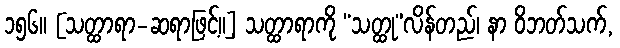
၁၅၆။ [သတ္ထာရာ-ဆရာဖြင့်။] သတ္ထာရာကို “သတ္ထု”လိန်တည်၊ နာ ဝိဘတ်သက်,